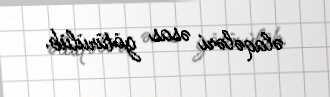
əlaqələri əsas götürülüb.